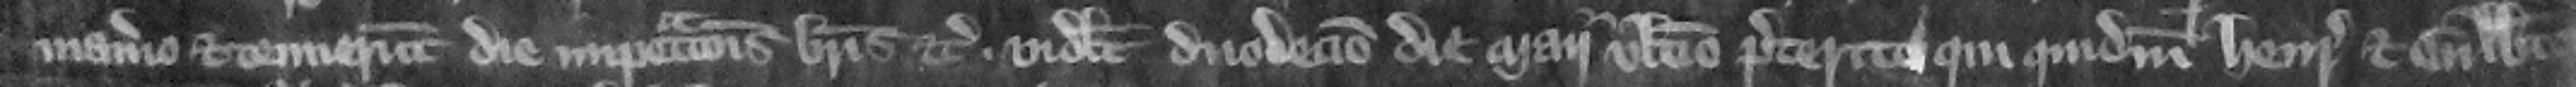
manerio et tenuerunt die impetracionis breuis etc. videlicet duodecimo die Maii vltimo preterito qui quidem Henricus et Gilbertus